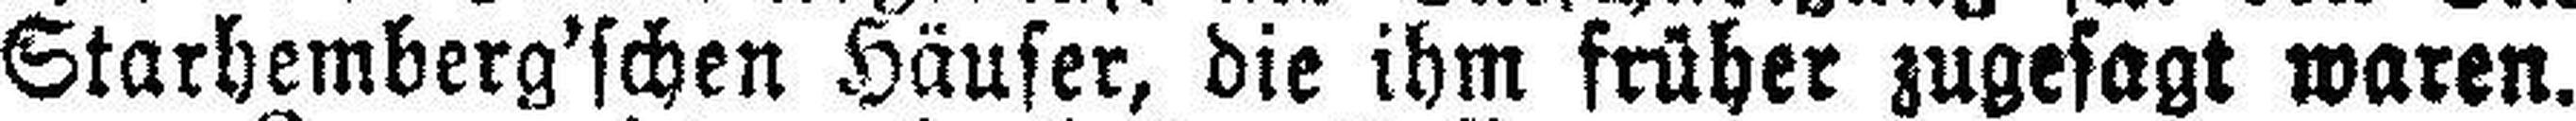
Starhemberg'schen Häuser, die ihm früher zugesagt waren.